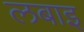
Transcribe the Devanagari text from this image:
लबाइ